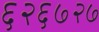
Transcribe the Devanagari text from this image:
६२६७२७